Scottish Leaving Certificate Examination, 1959
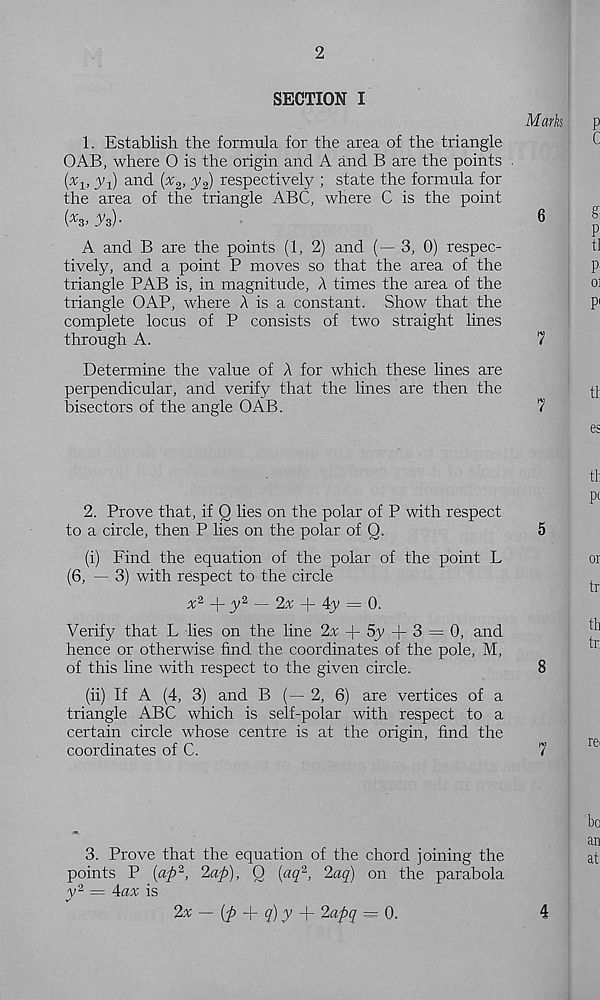
2
SECTION I
1. Establish the formula for the area of the triangle
OAB, where 0 is the origin and A and B are the points
{ x i> 3A) an d ( X 2> yz) respectively ; state the formula for
the area of the triangle ABC, where C is the point
i X 3’ As)-
Mark
6
A and B are the points (1, 2) and (—-3, 0) respec-
tively, and a point P moves so that the area of the
triangle PAB is, in magnitude, A times the area of the
triangle GAP, where A is a constant. Show that the
complete locus of P consists of two straight lines
through A.
7
Determine the value of A for which these lines are
perpendicular, and verify that the lines are then the
bisectors of the angle OAB.
7
2. Prove that, if Q lies on the polar of P with respect
to a circle, then P lies on the polar of Q.
5
(i) Find the equation of the polar of the point L
(6, — 3) with respect to the circle
x 2
y 2 — 2x
4y = 0.
Verify that L lies on the line 2% + 5y + 3 = 0, and
hence or otherwise find the coordinates of the pole, M,
of this line with respect to the given circle.
8
(ii) If A (4, 3) and B (—2, 6) are vertices of a
triangle ABC which is self-polar with respect to a
certain circle whose centre is at the origin, find the
coordinates of C.
7
3. Prove that the equation of the chord joining the
points P (afi 2 , 2ap), O (aq 2 , 2aq) on the parabola
y 2 = 4ax is
2x — (p
q) y + 2apq = 0.
4